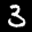
Label: 3